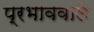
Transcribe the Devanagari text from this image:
प्रभाववाले